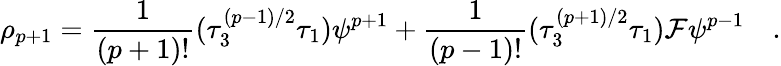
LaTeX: \rho_{p+1}={\frac{1}{(p+1)!}}(\tau_{3}^{(p-1)/2}\tau_{1})\psi^{p+1}+{\frac{1}{(p-1)!}}(\tau_{3}^{(p+1)/2}\tau_{1}){\cal{F}}\psi^{p-1}\quad.